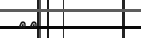
٨٩